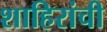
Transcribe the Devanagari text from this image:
शाहिरांची